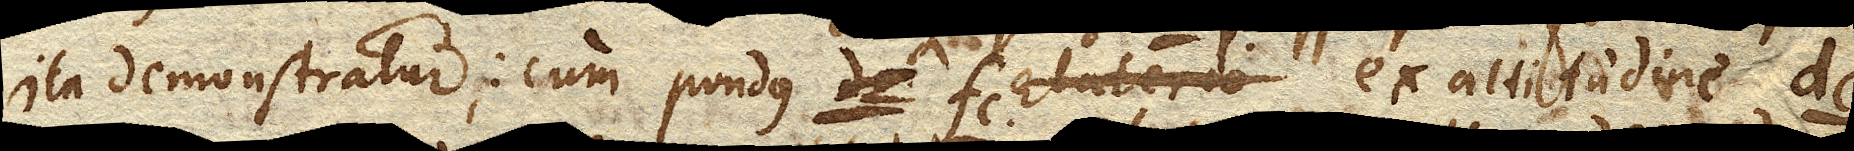
ita demonstratur: cum pondus fe. ex altitudine dc.